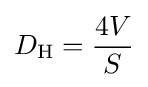
D_{\text{H}}={\frac {4V}{S}}